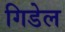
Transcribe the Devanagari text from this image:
गिडेल